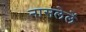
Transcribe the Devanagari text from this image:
नासलेलें